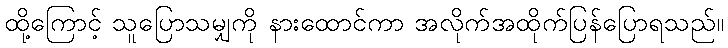
ထို့ကြောင့် သူပြောသမျှကို နားထောင်ကာ အလိုက်အထိုက်ပြန်ပြောရသည်။